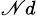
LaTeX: ^{\mathscr{N}d}